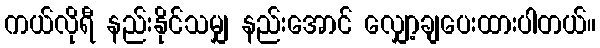
ကယ်လိုရီ နည်းနိုင်သမျှ နည်းအောင် လျှော့ချပေးထားပါတယ်။